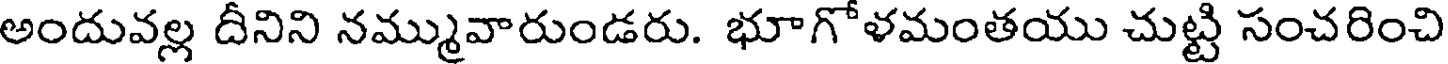
అందువల్ల దీనిని నమ్మువారుండరు. భూగోళమంతయు చుట్టి సంచరించి